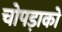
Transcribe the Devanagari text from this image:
चोपड़ाको